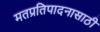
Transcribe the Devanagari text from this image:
मतप्रतिपादनासाठी